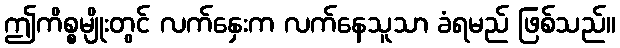
ဤကိစ္စမျိုးတွင် လက်နှေးက လက်နေသူသာ ခံရမည် ဖြစ်သည်။